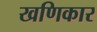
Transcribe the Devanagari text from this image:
खणिकार